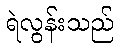
ရဲလွန်းသည်